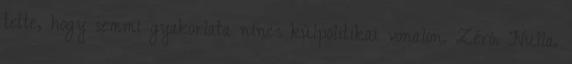
tette, hogy semmi gyakorlata nincs külpolitikai vonalon. Zéró. Nulla.